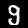
Digit: 9